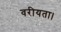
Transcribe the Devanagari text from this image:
वरीयता।